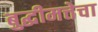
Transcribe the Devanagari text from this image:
बुद्धीमत्तेचा